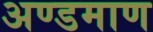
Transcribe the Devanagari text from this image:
अण्डमाण